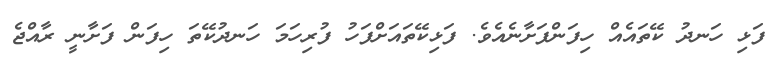
ފަޅި ހަނދު ކޭތައެއް ހިފަންފަށާނެއެވެ. ފަޅިކޭތައަށްފަހު ފުރިހަމަ ހަނދުކޭތަ ހިފަން ފަށާނީ ރާއްޖެ